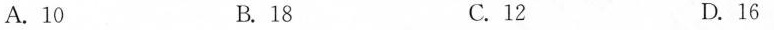
A.10 B.18 C.12 D.16y